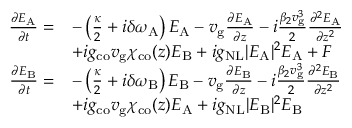
\begin{array} { r l } { \frac { \partial E _ { \mathrm { A } } } { \partial t } = } & { - \left( \frac { \kappa } { 2 } + i \delta \omega _ { \mathrm { A } } \right) E _ { \mathrm { A } } - v _ { \mathrm { g } } \frac { \partial E _ { \mathrm { A } } } { \partial z } - i \frac { \beta _ { 2 } v _ { \mathrm { g } } ^ { 3 } } { 2 } \frac { \partial ^ { 2 } E _ { \mathrm { A } } } { \partial z ^ { 2 } } } \\ & { + i g _ { \mathrm { c o } } v _ { \mathrm { g } } \chi _ { \mathrm { c o } } ( z ) E _ { \mathrm { B } } + i g _ { \mathrm { N L } } \vert E _ { \mathrm { A } } \vert ^ { 2 } E _ { \mathrm { A } } + F } \\ { \frac { \partial E _ { \mathrm { B } } } { \partial t } = } & { - \left( \frac { \kappa } { 2 } + i \delta \omega _ { \mathrm { B } } \right) E _ { \mathrm { B } } - v _ { \mathrm { g } } \frac { \partial E _ { \mathrm { B } } } { \partial z } - i \frac { \beta _ { 2 } v _ { \mathrm { g } } ^ { 3 } } { 2 } \frac { \partial ^ { 2 } E _ { \mathrm { B } } } { \partial z ^ { 2 } } } \\ & { + i g _ { \mathrm { c o } } v _ { \mathrm { g } } \chi _ { \mathrm { c o } } ( z ) E _ { \mathrm { A } } + i g _ { \mathrm { N L } } \vert E _ { \mathrm { B } } \vert ^ { 2 } E _ { \mathrm { B } } } \end{array}